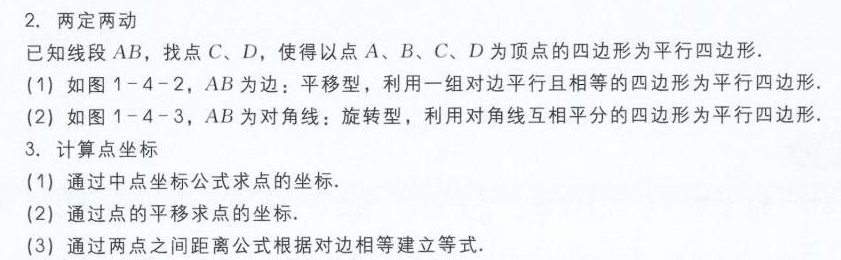
2. 两定两动
已知线段$AB$，找点$C$、$D$，使得以点$A$、$B$、$C$、$D$为顶点的四边形为平行四边形.
(1) 如图1 - 4 - 2，$AB$为边：平移型，利用一组对边平行且相等的四边形为平行四边形.
(2) 如图1 - 4 - 3，$AB$为对角线：旋转型，利用对角线互相平分的四边形为平行四边形.
3. 计算点坐标
(1) 通过中点坐标公式求点的坐标.
(2) 通过点的平移求点的坐标.
(3) 通过两点之间距离公式根据对边相等建立等式.